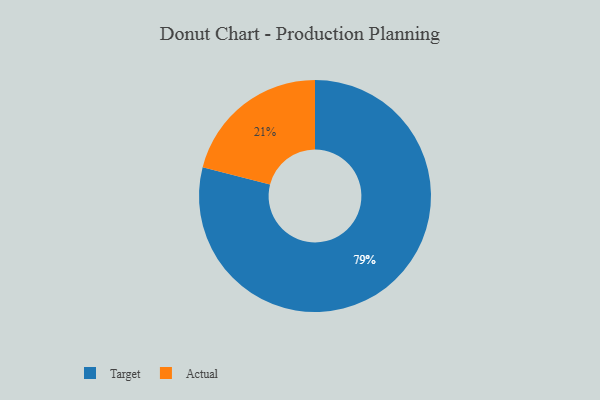
{"axis": {"x": "Category", "y": "Percentage"}, "legend": ["Actual", "Target"], "data": [{"x": "Actual", "y": 21, "type": "Actual"}, {"x": "Target", "y": 79, "type": "Target"}]}